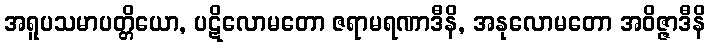
အရူပသမာပတ္တိယော, ပဋိလောမတော ဇရာမရဏာဒီနိ, အနုလောမတော အဝိဇ္ဇာဒီနိ